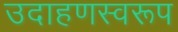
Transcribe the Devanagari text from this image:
उदाहणस्वरूप